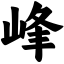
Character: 峰